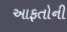
આફતોની